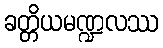
ခတ္တိယမဏ္ဍလဿ